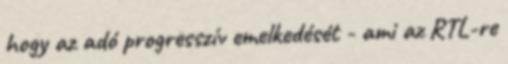
hogy az adó progresszív emelkedését - ami az RTL-re